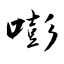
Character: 嘭